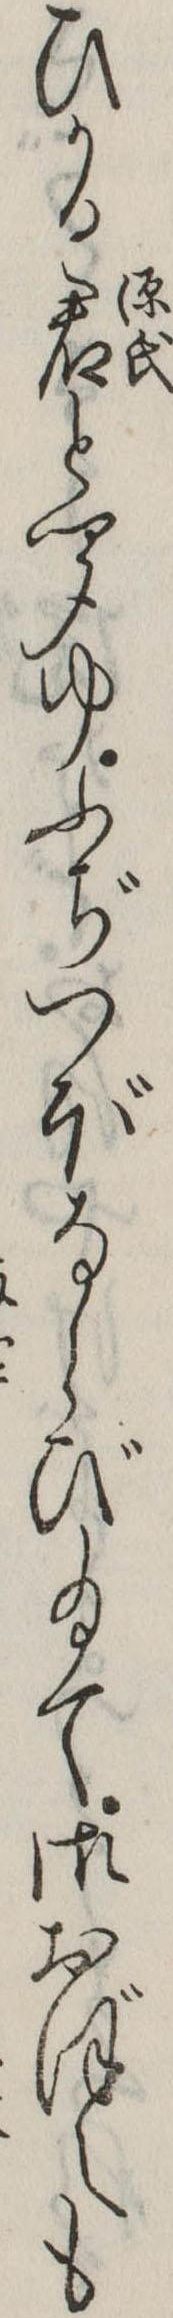
ひかる君と聞ゆふぢつぼならび給て御おぼえも